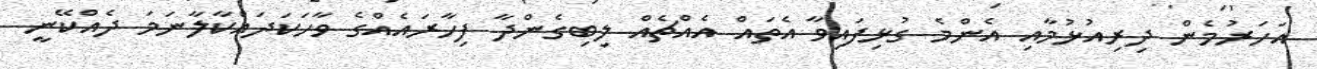
އަހަރުމެން ދިރިއުޅުމާއި އެންމެ ގުޅިފައިވާ އެތައް އެއްޗެއް ލިބިގެންދާ ފިހާރައެއްގެ ވާހަކަދައްކާލާނަމަ ދެއްކޭނީ